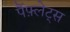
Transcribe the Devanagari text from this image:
पैंफ़्लेट्स